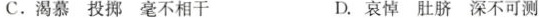
C.渴慕投掷毫不相干 D.哀悼肚脐深不可测